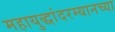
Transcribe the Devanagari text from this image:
महायुद्धांदरम्यानच्या